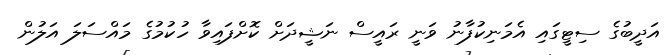
އަދީބުގެ ސިޓީގައި އެމަނިކުފާނު ވަނީ ރައީސް ނަޝީދަށް ކޮށްފައިވާ ހުކުމުގެ މައްސަލަ އަލުން